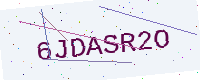
Text: 6JDASR2O